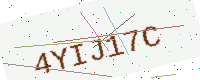
Text: 4YIJ17C